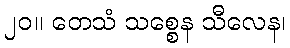
၂၀။ တေသံ သစ္စေန သီလေန၊